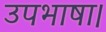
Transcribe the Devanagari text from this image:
उपभाषा।